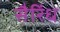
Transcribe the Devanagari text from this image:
सैरिंध